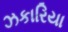
ઝકારિયા